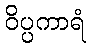
ဝိပ္ပကာရံ